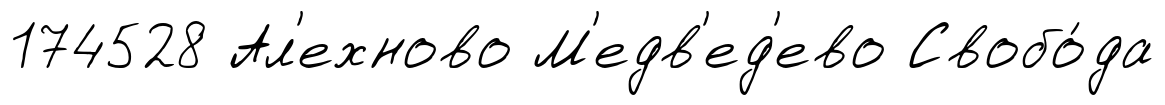
174528 Ал'ехново М'едв'ед'ево Свобо́да